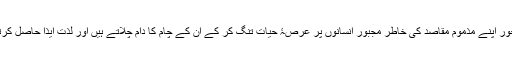
یہ آدم خور اپنے مذموم مقاصد کی خاطر مجبور انسانوں پر عرصۂ حیات تنگ کر کے ان کے چام کا دام چلاتے ہیں اور لذت ایذا حاصل کرتے ہیں۔